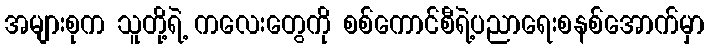
အများစုက သူတို့ရဲ့ ကလေးတွေကို စစ်ကောင်စီရဲ့ပညာရေးစနစ်အောက်မှာ